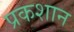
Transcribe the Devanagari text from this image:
प्रकशान